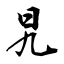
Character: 旯